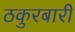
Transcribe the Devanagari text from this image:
ठकुरबारी